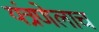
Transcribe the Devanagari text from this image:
यंत्रणेलाच